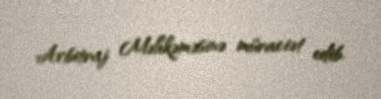
Arbitraj Məhkəməsinə müraciət edib.